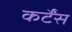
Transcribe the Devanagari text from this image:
कर्टेंस